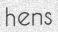
hens